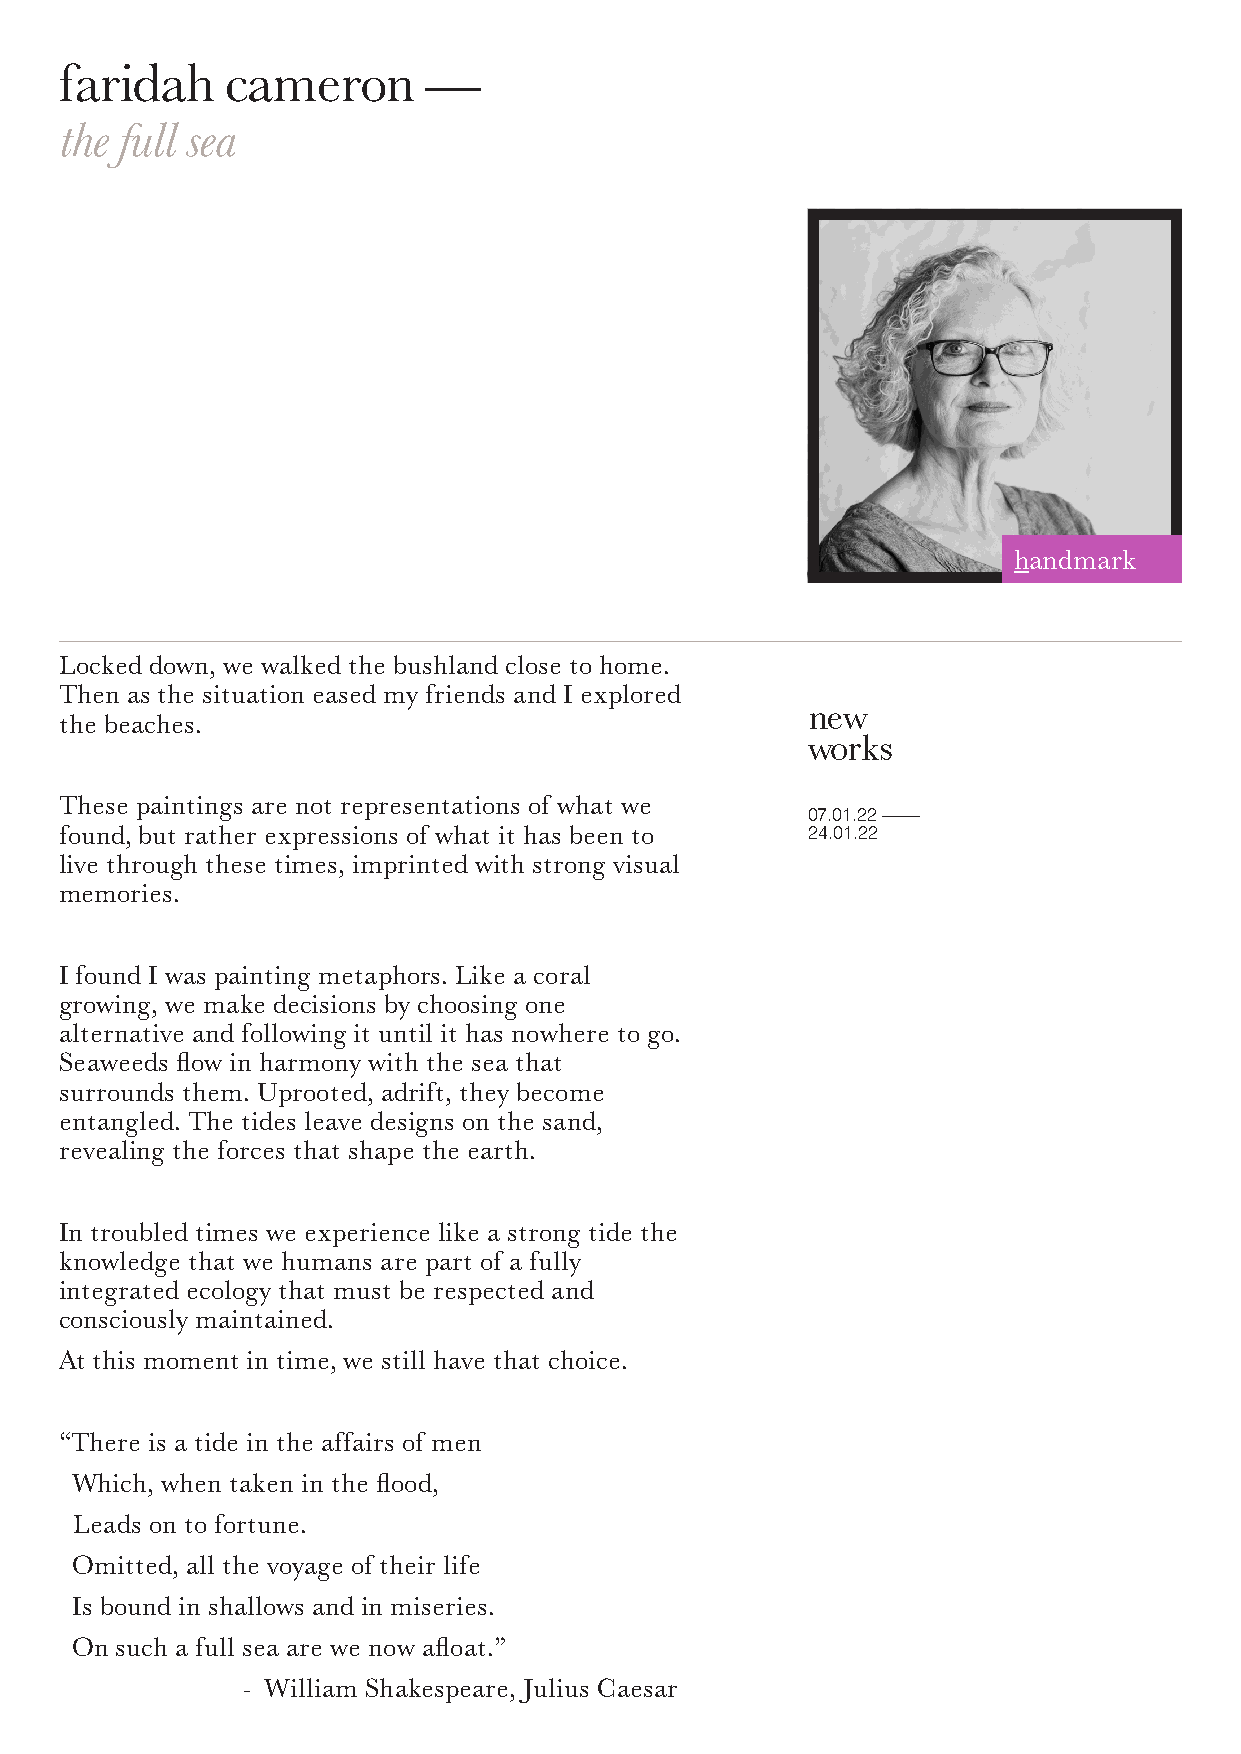
faridah    cameron      —
 the full sea
 handmark
 Locked down, we walked the bushland close to home.
 Then as the situation eased my friends and I explored
 new
 the beaches.
 works
 These paintings are not representations of what we
 07.01.22 ——
 found, but rather expressions of what it has been to 24.01.22
 live through these times, imprinted with strong visual
 memories.
 I found I was painting metaphors. Like a coral
 growing, we make decisions by choosing one
 alternative and following it until it has nowhere to go.
 Seaweeds flow in harmony with the sea that
 surrounds them. Uprooted, adrift, they become
 entangled. The tides leave designs on the sand,
 revealing the forces that shape the earth.
 In troubled times we experience like a strong tide the
 knowledge that we humans are part of a fully
 integrated ecology that must be respected and
 consciously maintained.
 At this moment in time, we still have that choice.
 “There is a tide in the affairs of men
 Which, when taken in the flood,
 Leads on to fortune.
 Omitted, all the voyage of their life
 Is bound in shallows and in miseries.
 On such a full sea are we now afloat.”
 - William Shakespeare, Julius Caesar